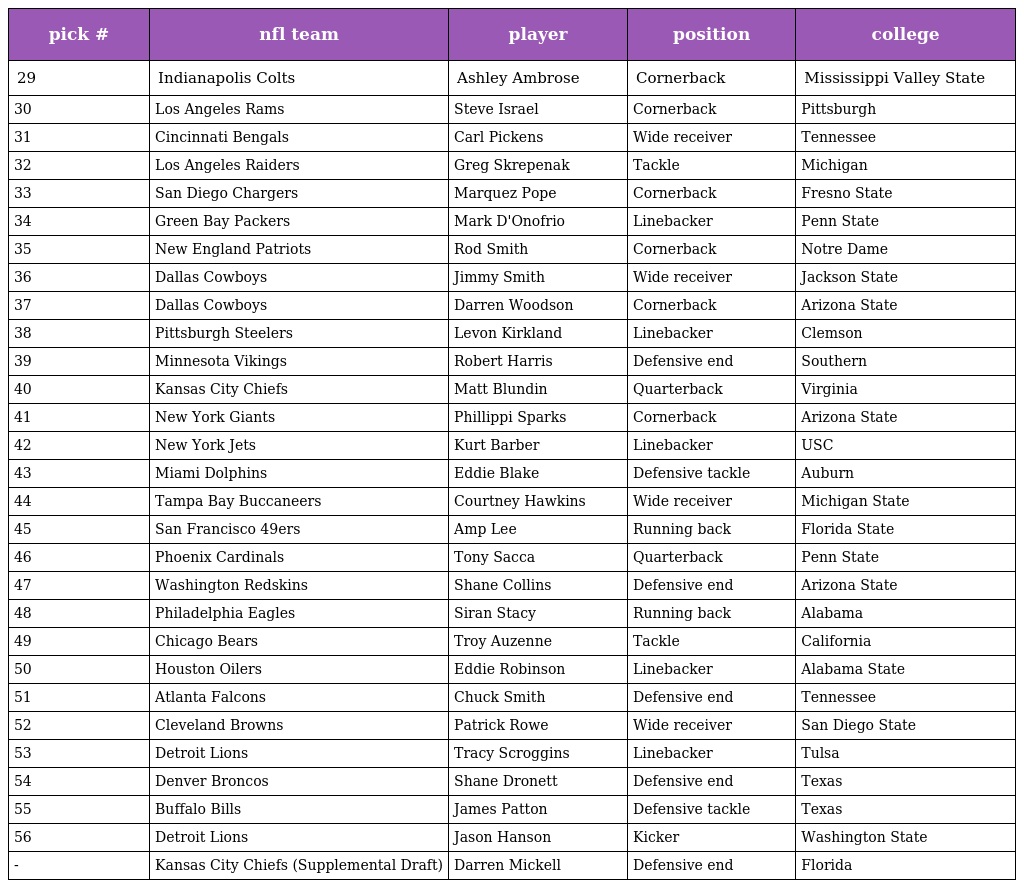
| pick # | nfl team | player | position | college |
 | --- | --- | --- | --- | --- |
 | 29 | Indianapolis Colts | Ashley Ambrose | Cornerback | Mississippi Valley State |
 | 30 | Los Angeles Rams | Steve Israel | Cornerback | Pittsburgh |
 | 31 | Cincinnati Bengals | Carl Pickens | Wide receiver | Tennessee |
 | 32 | Los Angeles Raiders | Greg Skrepenak | Tackle | Michigan |
 | 33 | San Diego Chargers | Marquez Pope | Cornerback | Fresno State |
 | 34 | Green Bay Packers | Mark D'Onofrio | Linebacker | Penn State |
 | 35 | New England Patriots | Rod Smith | Cornerback | Notre Dame |
 | 36 | Dallas Cowboys | Jimmy Smith | Wide receiver | Jackson State |
 | 37 | Dallas Cowboys | Darren Woodson | Cornerback | Arizona State |
 | 38 | Pittsburgh Steelers | Levon Kirkland | Linebacker | Clemson |
 | 39 | Minnesota Vikings | Robert Harris | Defensive end | Southern |
 | 40 | Kansas City Chiefs | Matt Blundin | Quarterback | Virginia |
 | 41 | New York Giants | Phillippi Sparks | Cornerback | Arizona State |
 | 42 | New York Jets | Kurt Barber | Linebacker | USC |
 | 43 | Miami Dolphins | Eddie Blake | Defensive tackle | Auburn |
 | 44 | Tampa Bay Buccaneers | Courtney Hawkins | Wide receiver | Michigan State |
 | 45 | San Francisco 49ers | Amp Lee | Running back | Florida State |
 | 46 | Phoenix Cardinals | Tony Sacca | Quarterback | Penn State |
 | 47 | Washington Redskins | Shane Collins | Defensive end | Arizona State |
 | 48 | Philadelphia Eagles | Siran Stacy | Running back | Alabama |
 | 49 | Chicago Bears | Troy Auzenne | Tackle | California |
 | 50 | Houston Oilers | Eddie Robinson | Linebacker | Alabama State |
 | 51 | Atlanta Falcons | Chuck Smith | Defensive end | Tennessee |
 | 52 | Cleveland Browns | Patrick Rowe | Wide receiver | San Diego State |
 | 53 | Detroit Lions | Tracy Scroggins | Linebacker | Tulsa |
 | 54 | Denver Broncos | Shane Dronett | Defensive end | Texas |
 | 55 | Buffalo Bills | James Patton | Defensive tackle | Texas |
 | 56 | Detroit Lions | Jason Hanson | Kicker | Washington State |
 | - | Kansas City Chiefs (Supplemental Draft) | Darren Mickell | Defensive end | Florida |